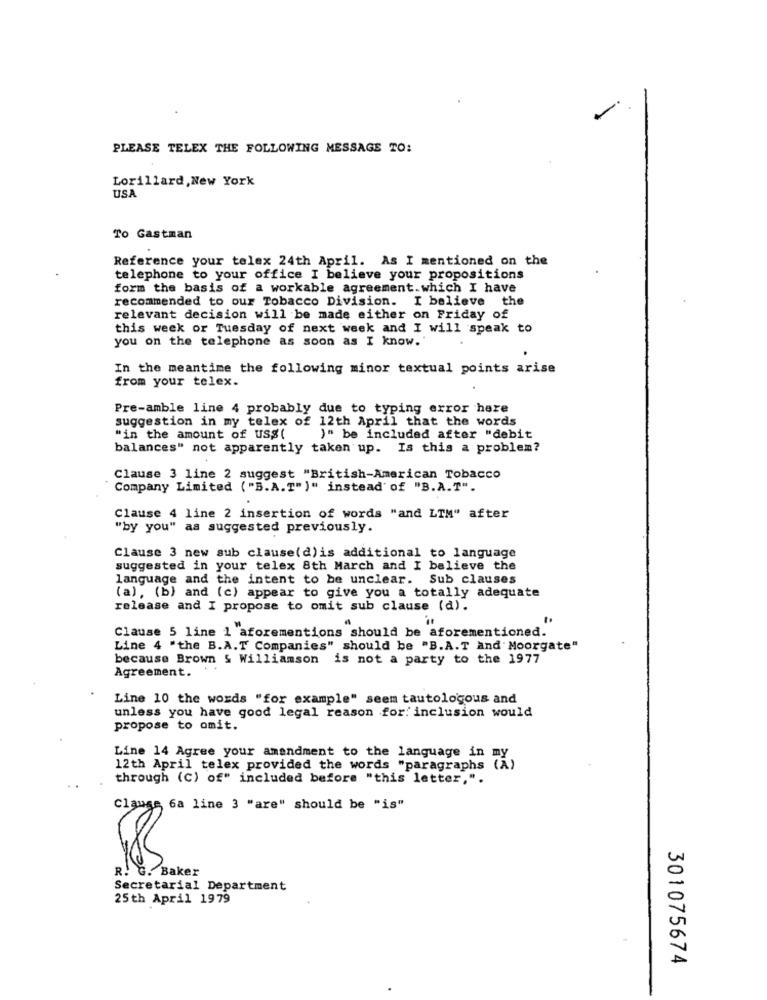
-
PLEASE TELEX THE FOLLOWING MESSAGE TO:
Lorillard, New York
USA
To Gastman
Reference your telex 24th April. As I mentioned on the
telephone to your office I believe your propositions
form the basis of a workable agreement. which I have
recommended to our Tobacco Division. I believe the
relevant decision will be made either on Friday of
this week or Tuesday of next week and I will speak to
you on the telephone as soon as I know."
In the meantime the following minor textual points arise
from your telex.
Pre-amble line 4 probably due to typing error here
suggestion in my telex of 12th April that the words
"in the amount of usg(
)" be included after "debit
balances" not apparently taken up. Is this a problem?
Clause 3 line 2 suggest "British-American Tobacco
Company Limited ( "B.A.T" )" instead of "B.A.T".
Clause 4 line 2 insertion of words "and LTM" after
"by you" as suggested previously.
Clause 3 new sub clause(d)is additional to language
suggested in your telex 8th March and I believe the
language and the intent to be unclear. Sub clauses
(a), (b) and (c) appear to give you a totally adequate
release and I propose to omit sub clause (d).
Clause 5 line 1 aforementions should be aforementioned.
Line 4 "the B.A.T Companies" should be "B.A.T and Moorgate"
because Brown & Williamson is not a party to the 1977
Agreement.
Line 10 the words "for example" seem tautologous and
unless you have good legal reason for! inclusion would
propose to omit.
Line 14 Agree your amendment to the language in my
12th April telex provided the words "paragraphs (A)
through (C) of" included before "this letter,".
clause 6a line 3 "are" should be "is"
R. G. Baker
Secretarial Department
25th April 1979
301075674